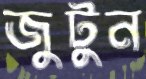
জুটুন